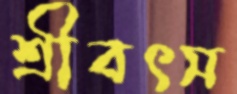
শ্রীবৎস